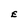
Character: E